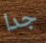
جدا